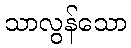
သာလွန်သော